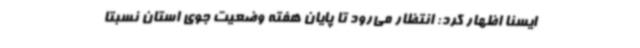
ایسنا اظهار کرد: انتظار می‌رود تا پایان هفته وضعیت جوی استان نسبتا